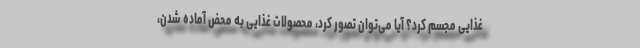
غذایی مجسم کرد؟ آیا می‌توان تصور کرد، محصولات غذایی به محض آماده شدن،